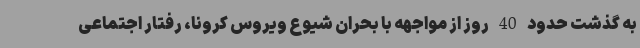
به گذشت حدود 40 روز از مواجهه با بحران شیوع ویروس کرونا، رفتار اجتماعی